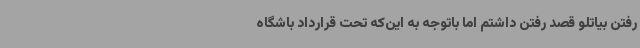
رفتن بیاتلو قصد رفتن داشتم اما باتوجه به این‌که تحت قرارداد باشگاه